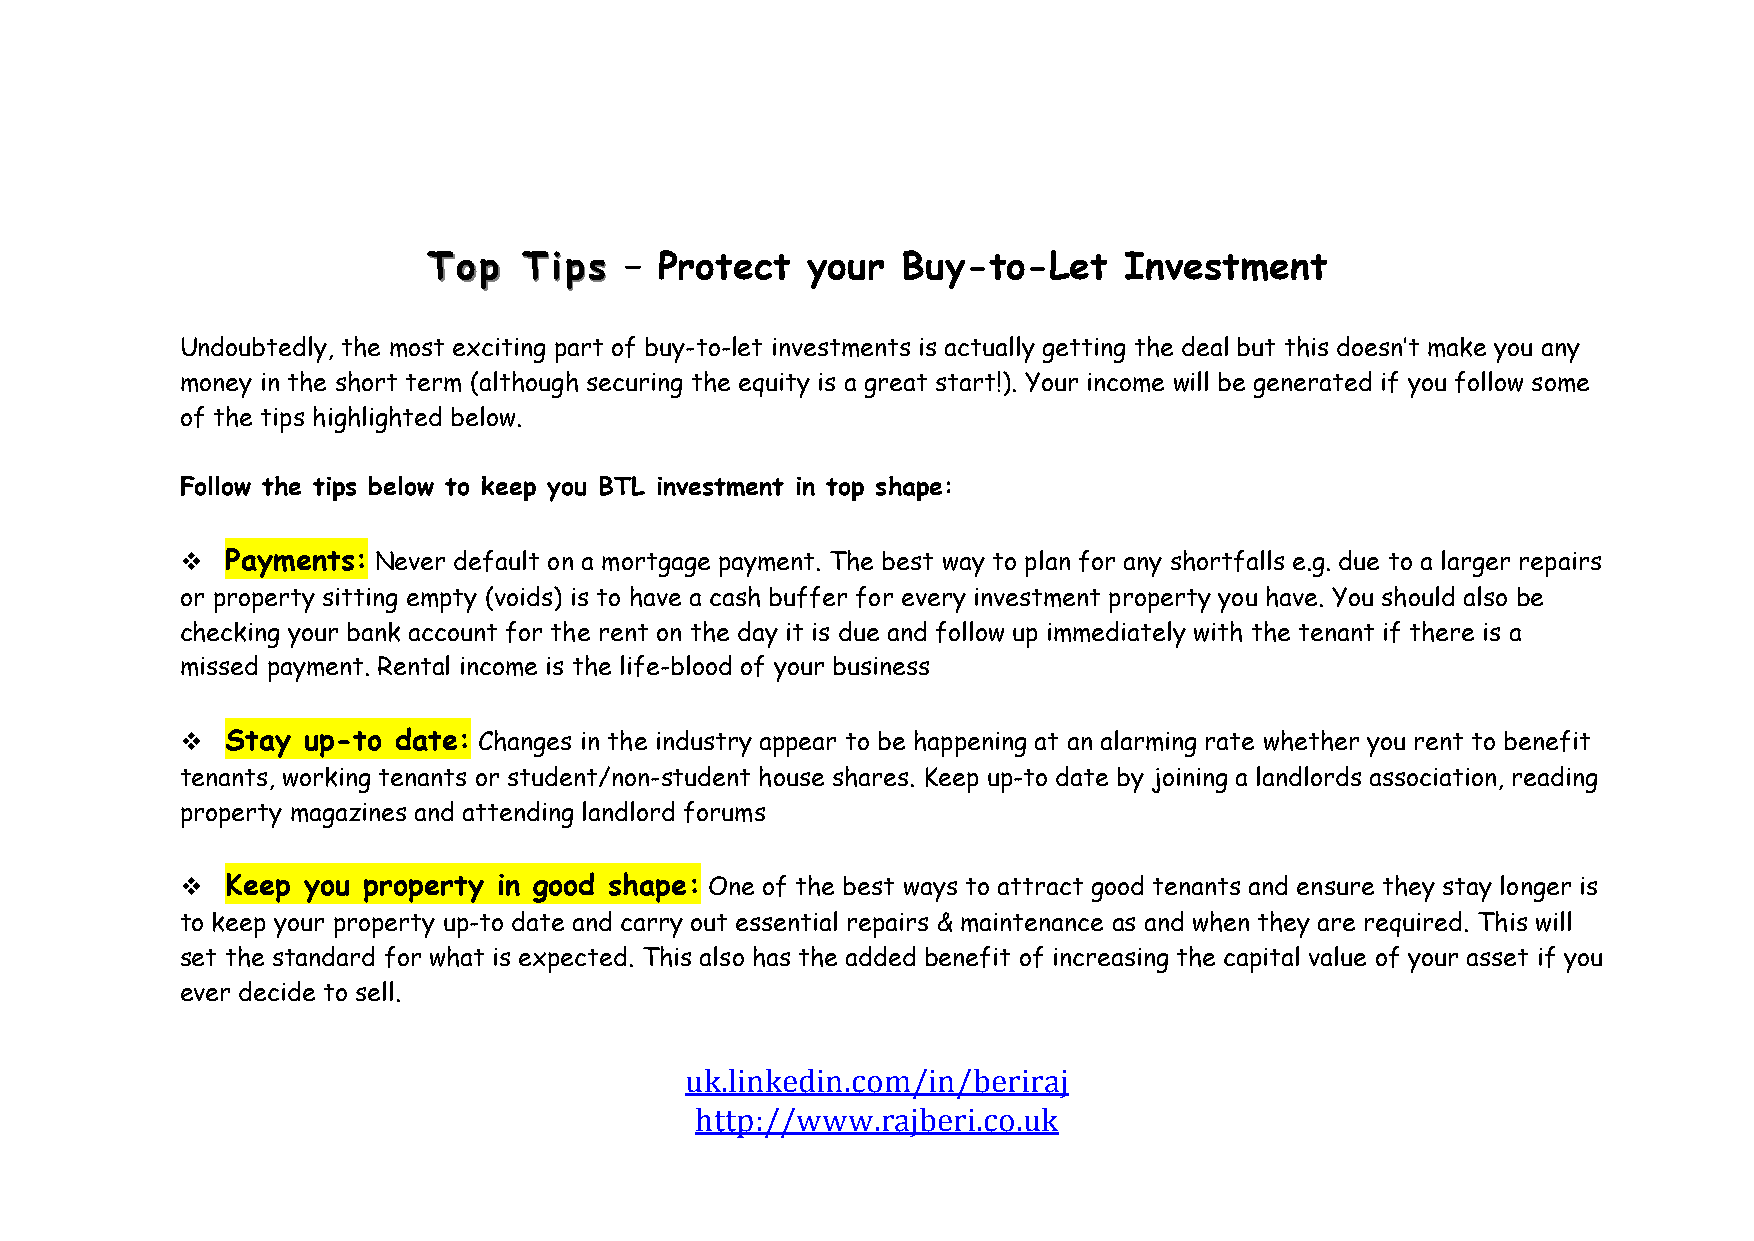
TToopp TTiippss – Protect your  Buy-to-Let    Investment
 Undoubtedly, the most exciting part of buy-to-let investments is actually getting the deal but this doesn’t make you any
 money in the short term (although securing the equity is a great start!). Your income will be generated if you follow some
 of the tips highlighted below.
 Follow the tips below to keep you BTL investment in top shape:
 !  Payments: Never default on a mortgage payment. The best way to plan for any shortfalls e.g. due to a larger repairs
 or property sitting empty (voids) is to have a cash buffer for every investment property you have. You should also be
 checking your bank account for the rent on the day it is due and follow up immediately with the tenant if there is a
 missed payment. Rental income is the life-blood of your business
 !  Stay up-to date: Changes in the industry appear to be happening at an alarming rate whether you rent to benefit
 tenants, working tenants or student/non-student house shares. Keep up-to date by joining a landlords association, reading
 property magazines and attending landlord forums
 !  Keep you property in good shape: One of the best ways to attract good tenants and ensure they stay longer is
 to keep your property up-to date and carry out essential repairs & maintenance as and when they are required. This will
 set the standard for what is expected. This also has the added benefit of increasing the capital value of your asset if you
 ever decide to sell.
 uk.linkedin.com/in/beriraj
 http://www.rajberi.co.uk